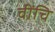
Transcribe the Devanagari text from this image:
वींचि